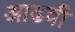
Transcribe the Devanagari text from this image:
आढवी